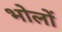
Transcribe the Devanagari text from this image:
भोलों